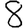
Digit: 8